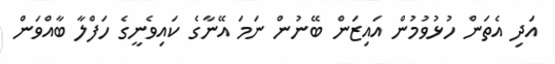
އަދި އެތަން ހުޅުވުމުން އައިޒަން ބޭނުން ނަމަ އޭނާގެ ކައިވެނީގެ ހަފްލާ ބާއްވަން